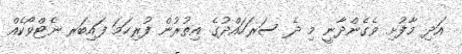
އަދި މާފުށި ވެގެންދާނީ މި ދެ ސަރަހައްދުގެ އިތުރުން ފުރިހަމަ ފައިބަރ ނެޓްވޯކެއް